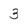
Character: 3